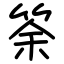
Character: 筡